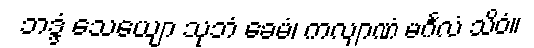
ဘဒ္ဒံ သေယျော သုဘံ ခေမံ၊ ကလျာဏံ မင်္ဂလံ သိဝံ။